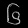
Digit: ၆